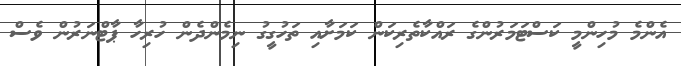
އެންމެ މުހިންމީ ކަސްޓަމަރުންގެ ރައްކާތެރިކަން ކަމަށާއި ތަހުގީގު ނިމެންދެން ހުރިހާ ޕާޓްނަރުން ވެސް